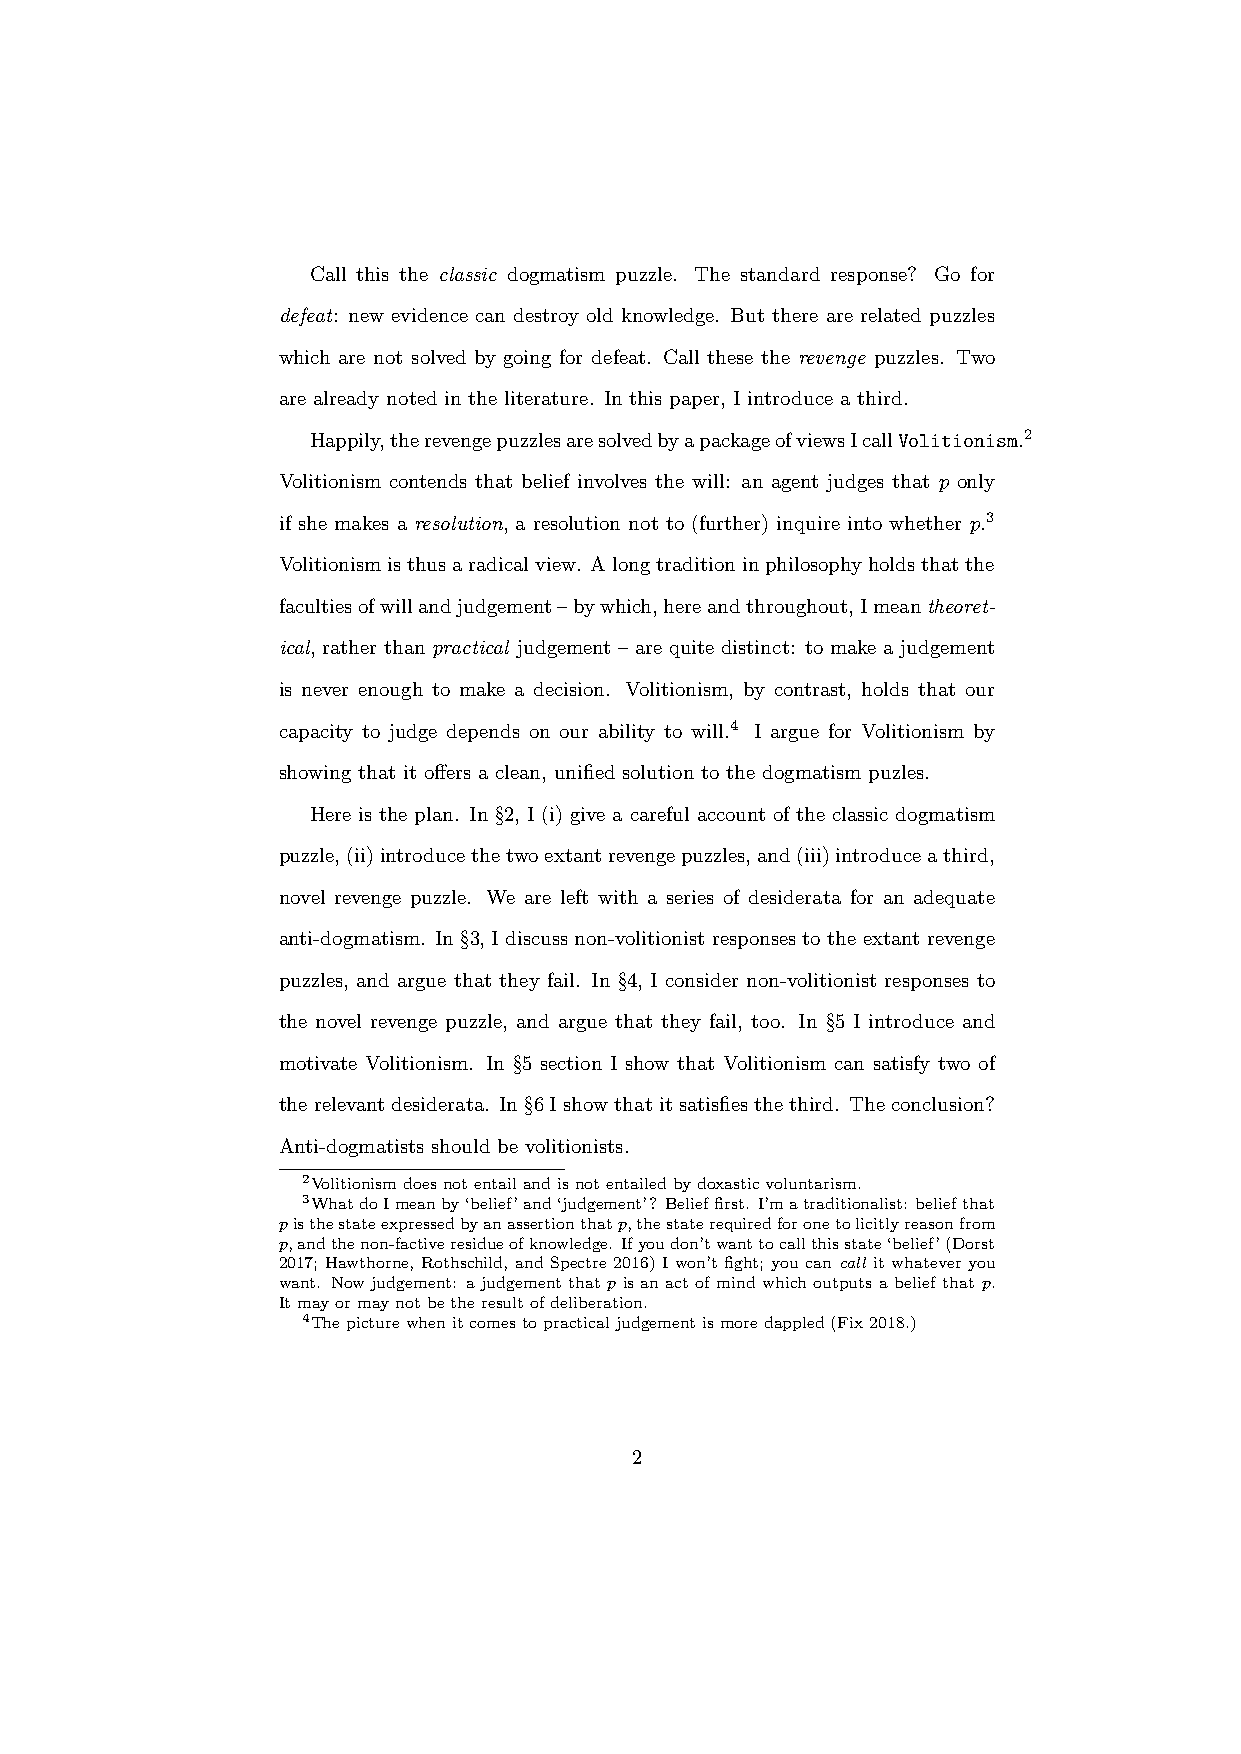
Call this the classic dogmatism puzzle. The standard response? Go for
 defeat: new evidence can destroy old knowledge. But there are related puzzles
 which are not solved by going for defeat. Call these the revenge puzzles. Two
 are already noted in the literature. In this paper, I introduce a third.
 Happily,therevengepuzzlesaresolvedbyapackageofviewsIcallVolitionism.2
 Volitionism contends that belief involves the will: an agent judges that p only
 if she makes a resolution, a resolution not to (further) inquire into whether p.3
 Volitionismisthusaradicalview. Alongtraditioninphilosophyholdsthatthe
 facultiesofwillandjudgement–bywhich,hereandthroughout,Imeantheoret-
 ical, rather than practical judgement – are quite distinct: to make a judgement
 is never enough to make a decision. Volitionism, by contrast, holds that our
 capacity to judge depends on our ability to will.4 I argue for Volitionism by
 showing that it offers a clean, unified solution to the dogmatism puzles.
 Here is the plan. In §2, I (i) give a careful account of the classic dogmatism
 puzzle,(ii)introducethetwoextantrevengepuzzles,and(iii)introduceathird,
 novel revenge puzzle. We are left with a series of desiderata for an adequate
 anti-dogmatism. In §3, I discuss non-volitionist responses to the extant revenge
 puzzles, and argue that they fail. In §4, I consider non-volitionist responses to
 the novel revenge puzzle, and argue that they fail, too. In §5 I introduce and
 motivate Volitionism. In §5 section I show that Volitionism can satisfy two of
 therelevantdesiderata. In§6Ishowthatitsatisfiesthe third. Theconclusion?
 Anti-dogmatists should be volitionists.
 2Volitionismdoesnotentailandisnotentailedbydoxasticvoluntarism.
 3WhatdoImeanby‘belief’and‘judgement’? Belieffirst. I’matraditionalist: beliefthat
 pisthestateexpressedbyanassertionthatp,thestaterequiredforonetolicitlyreasonfrom
 p,andthenon-factiveresidueofknowledge. Ifyoudon’twanttocallthisstate‘belief’(Dorst
 2017; Hawthorne, Rothschild, and Spectre 2016) I won’t fight; you can call it whatever you
 want. Now judgement: a judgement that p is an act of mind which outputs a belief that p.
 Itmayormaynotbetheresultofdeliberation.
 4Thepicturewhenitcomestopracticaljudgementismoredappled(Fix2018.)
 2